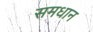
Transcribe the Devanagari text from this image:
समधान